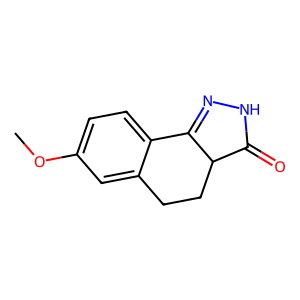
SMILES: COc1ccc2c(c1)CCC1C(=O)NN=C21
Inhibits HIV replication: No